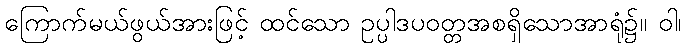
ကြောက်မယ်ဖွယ်အားဖြင့် ထင်သော ဥပ္ပါဒပဝတ္တအစရှိသောအာရုံ၌။ ဝါ၊